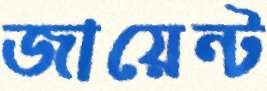
জায়েন্ট